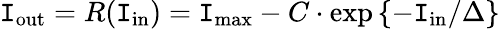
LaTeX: \mathtt{I}_{\mathrm{{out}}}=R(\mathtt{I}_{\mathrm{{in}}})=\mathtt{I}_{\operatorname*{max}}-C\cdot\exp\left\{ -\mathtt{I}_{\mathrm{{in}}}/\Delta\right\}